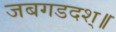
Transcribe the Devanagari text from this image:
जबगडदश्॥